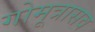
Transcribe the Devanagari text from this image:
गोमूत्रासव